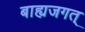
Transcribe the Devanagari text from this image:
बाह्यजगत्